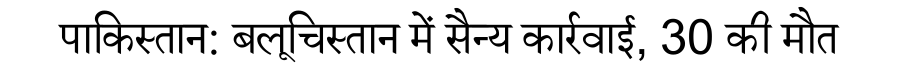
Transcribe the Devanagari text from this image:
पाकिस्तान: बलूचिस्तान में सैन्य कार्रवाई, 30 की मौत